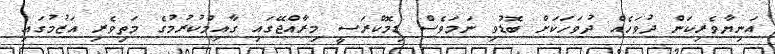
އަނިޔާވެރިކަން ދުވަހެއް ދުވަހަކަށް ބޮޑުވި ނަމަވެސް ޑިމޮކްރަސީ މިރާއްޖޭގައި ގާއިމްކުރުމުގެ މަތިވެރި އަޒުމުގައި